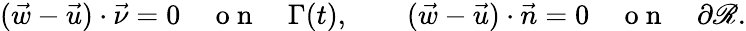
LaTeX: (\vec{w}-\vec{u})\cdot\vec{\nu}=0\quad\mathrm{~o~n~}\quad\Gamma(t),\qquad(\vec{w}-\vec{u})\cdot\vec{n}=0\quad\mathrm{~o~n~}\quad\partial\mathscr{R}.